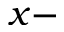
x -